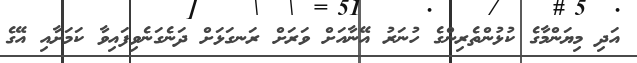
އަދި މިޔަންމާގެ ކުޅުންތެރިންގެ ހުނަރު އޭނާއަށް ވަރަށް ރަނގަޅަށް ދަނެގަނެވިފައިވާ ކަމަށާއި އޭގެ